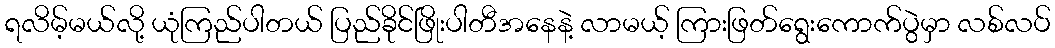
ရလိမ့်မယ်လို့ ယုံကြည်ပါတယ် ပြည်ခိုင်ဖြိုးပါတီအနေနဲ့ လာမယ့် ကြားဖြတ်ရွေးကောက်ပွဲမှာ လစ်လပ်